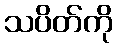
သပိတ်ကို